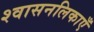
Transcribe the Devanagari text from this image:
श्वासनलिकाएँ